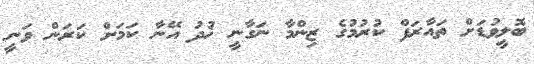
ބޮލީވުޑަށް ތައާރަފް ކުރުމުގެ ޒިންމާ ނަގާނީ ޚުދު އޭނާ ކަމަށް ކަރަން ވަނީ